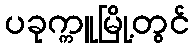
ပခုက္ကူမြို့တွင်